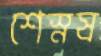
শেস্নষ